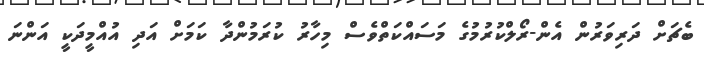
ބެޗަށް ދަރިވަރުން އެން-ރޯލްކުރުމުގެ މަސައްކަތްވެސް މިހާރު ކުރަމުންދާ ކަމަށް އަދި އުއްމީދަކީ އަންނަ